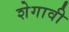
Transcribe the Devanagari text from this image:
शेगावी